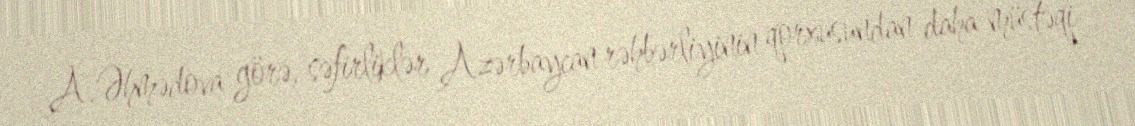
A.Əhmədova görə, səfirliklər Azərbaycan rəhbərliyinin qorxusundan daha müstəqi